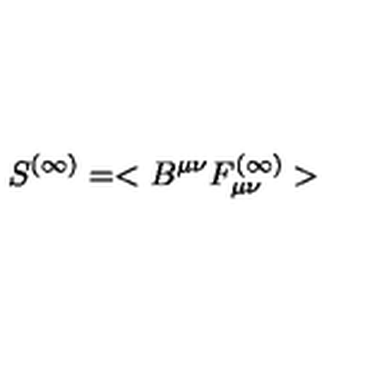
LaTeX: S ^ { ( \infty ) } = < B ^ { \mu \nu } F _ { \mu \nu } ^ { ( \infty ) } >